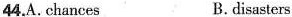
44.A.chances B.disasters